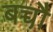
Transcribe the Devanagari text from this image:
बच्चौ़